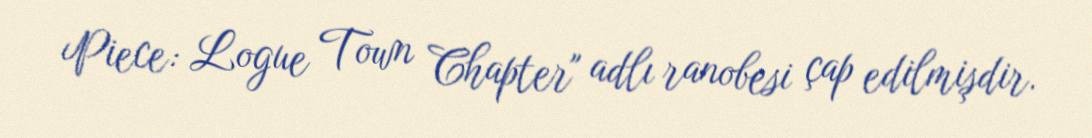
Piece: Logue Town Chapter" adlı ranobesi çap edilmişdir.